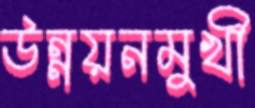
উন্নয়নমুখী